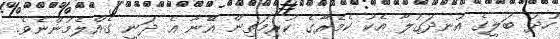
ހުދު ބަލީގެ އުނދަގުލާ އެކު ކެމެރާގެ ކުރިމަތިން އޭނާ އެ ދަނީ ގެއްލެމުންނެވެ.